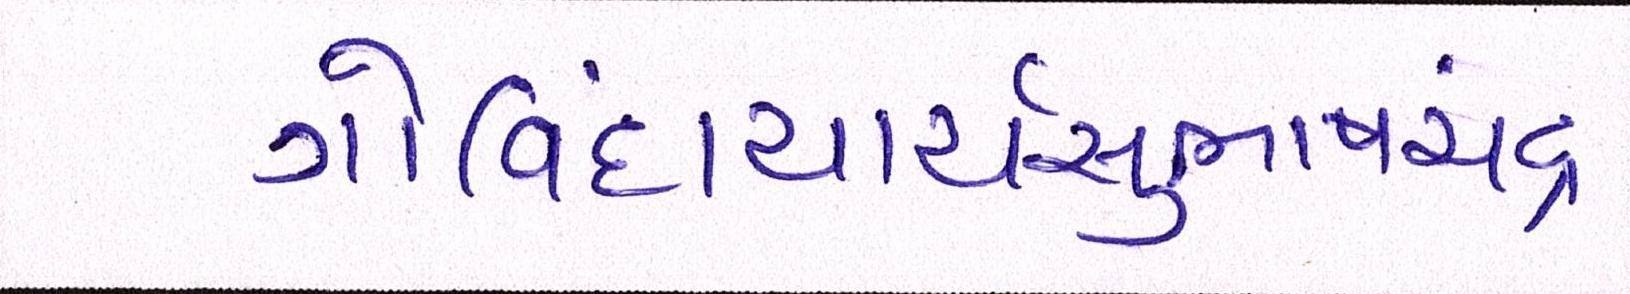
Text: ગોવિંદાચાર્યસુભાષચંદ્ર